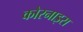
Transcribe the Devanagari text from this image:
कोरनाइस